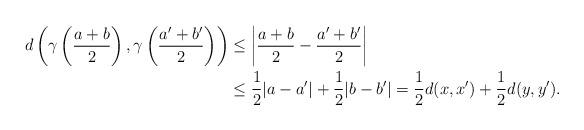
LaTeX: \begin{align*}\begin{aligned}d\left(\gamma\left(a+b\over 2\right), \gamma\left(a'+b'\over 2\right)\right)&\leq \left|{a+b\over 2}-{a'+b'\over 2}\right|\\&\leq {1\over 2}|a-a'|+{1\over 2}|b-b'|={1\over 2}d(x, x')+{1\over 2}d(y, y').\end{aligned}\end{align*}